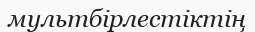
мультбірлестіктің